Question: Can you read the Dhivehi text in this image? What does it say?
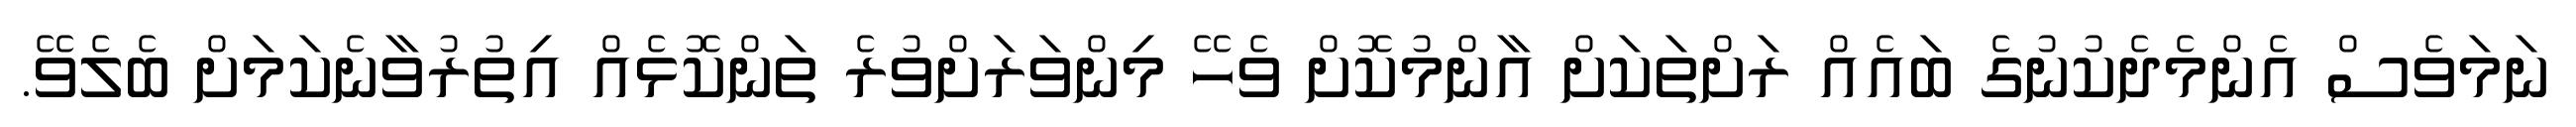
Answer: ނަމަވެސް އެންމެދެކުނުގެ ބައެއް ރަށްތަކަށް އާންމުކޮށް ވެހޭ މިންވަރަށްވުރެ ތަންކޮޅެއް އިތުރުވާނެކަމަށް ބެލެވޭ.